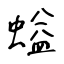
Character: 螠